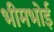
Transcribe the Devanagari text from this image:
भीमभोई